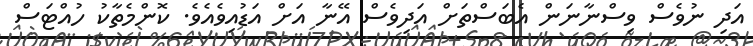
އަދި ނުވެސް ވިސްނާނަން އެބަސްތަށް އަދިވެސް އޭނާ އަށް އަޑުއިވެއެވެ. ކޮންމެތާކު ހުއްޓަސް